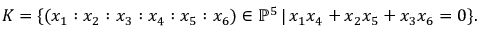
{ \cal K } = \{ ( x _ { 1 } : x _ { 2 } : x _ { 3 } : x _ { 4 } : x _ { 5 } : x _ { 6 } ) \in \mathbb { P } ^ { 5 } \, | \, x _ { 1 } x _ { 4 } + x _ { 2 } x _ { 5 } + x _ { 3 } x _ { 6 } = 0 \} .